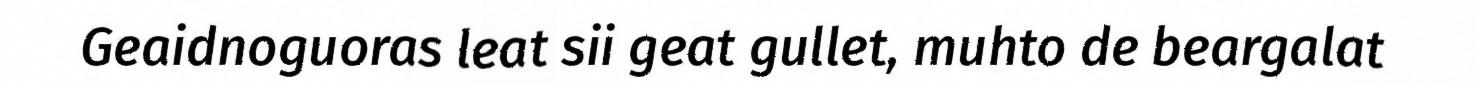
Geaidnoguoras leat sii geat gullet, muhto de beargalat